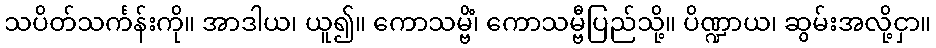
သပိတ်သင်္ကန်းကို။ အာဒါယ၊ ယူ၍။ ကောသမ္ဗိံ၊ ကောသမ္ဗီပြည်သို့။ ပိဏ္ဍာယ၊ ဆွမ်းအလို့ငှာ။